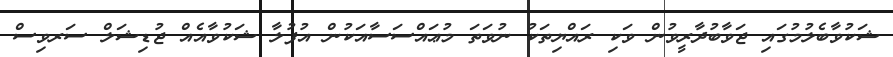
ޝަކުވާބެލުމުގައި ޖަވާބުދާރީވުން ވަކި ރައްޔިތަކު ނުވަތަ މުޢައްސަސާއަކުން އުފުލާ ޝަކުވާއެއް ޖުޑިޝަލް ސަރވިސް